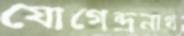
যোগেন্দ্রনাথ